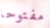
مفتوحا